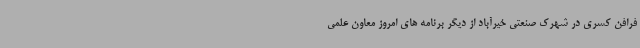
فرافن کسری در شهرک صنعتی خیرآباد از دیگر برنامه های امروز معاون علمی